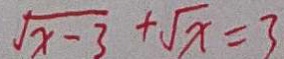
\sqrt { x - 3 } + \sqrt { x } = 3